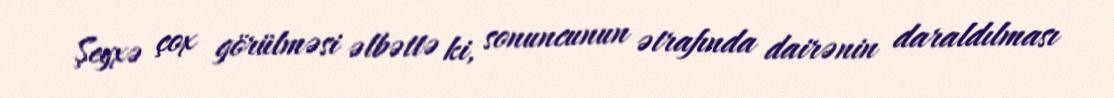
Şeyxə çox görülməsi əlbəttə ki, sonuncunun ətrafında dairənin daraldılması